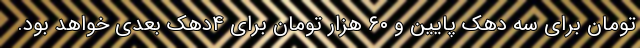
تومان برای سه دهک پایین و ۶۰ هزار تومان برای ۴دهک بعدی خواهد بود.